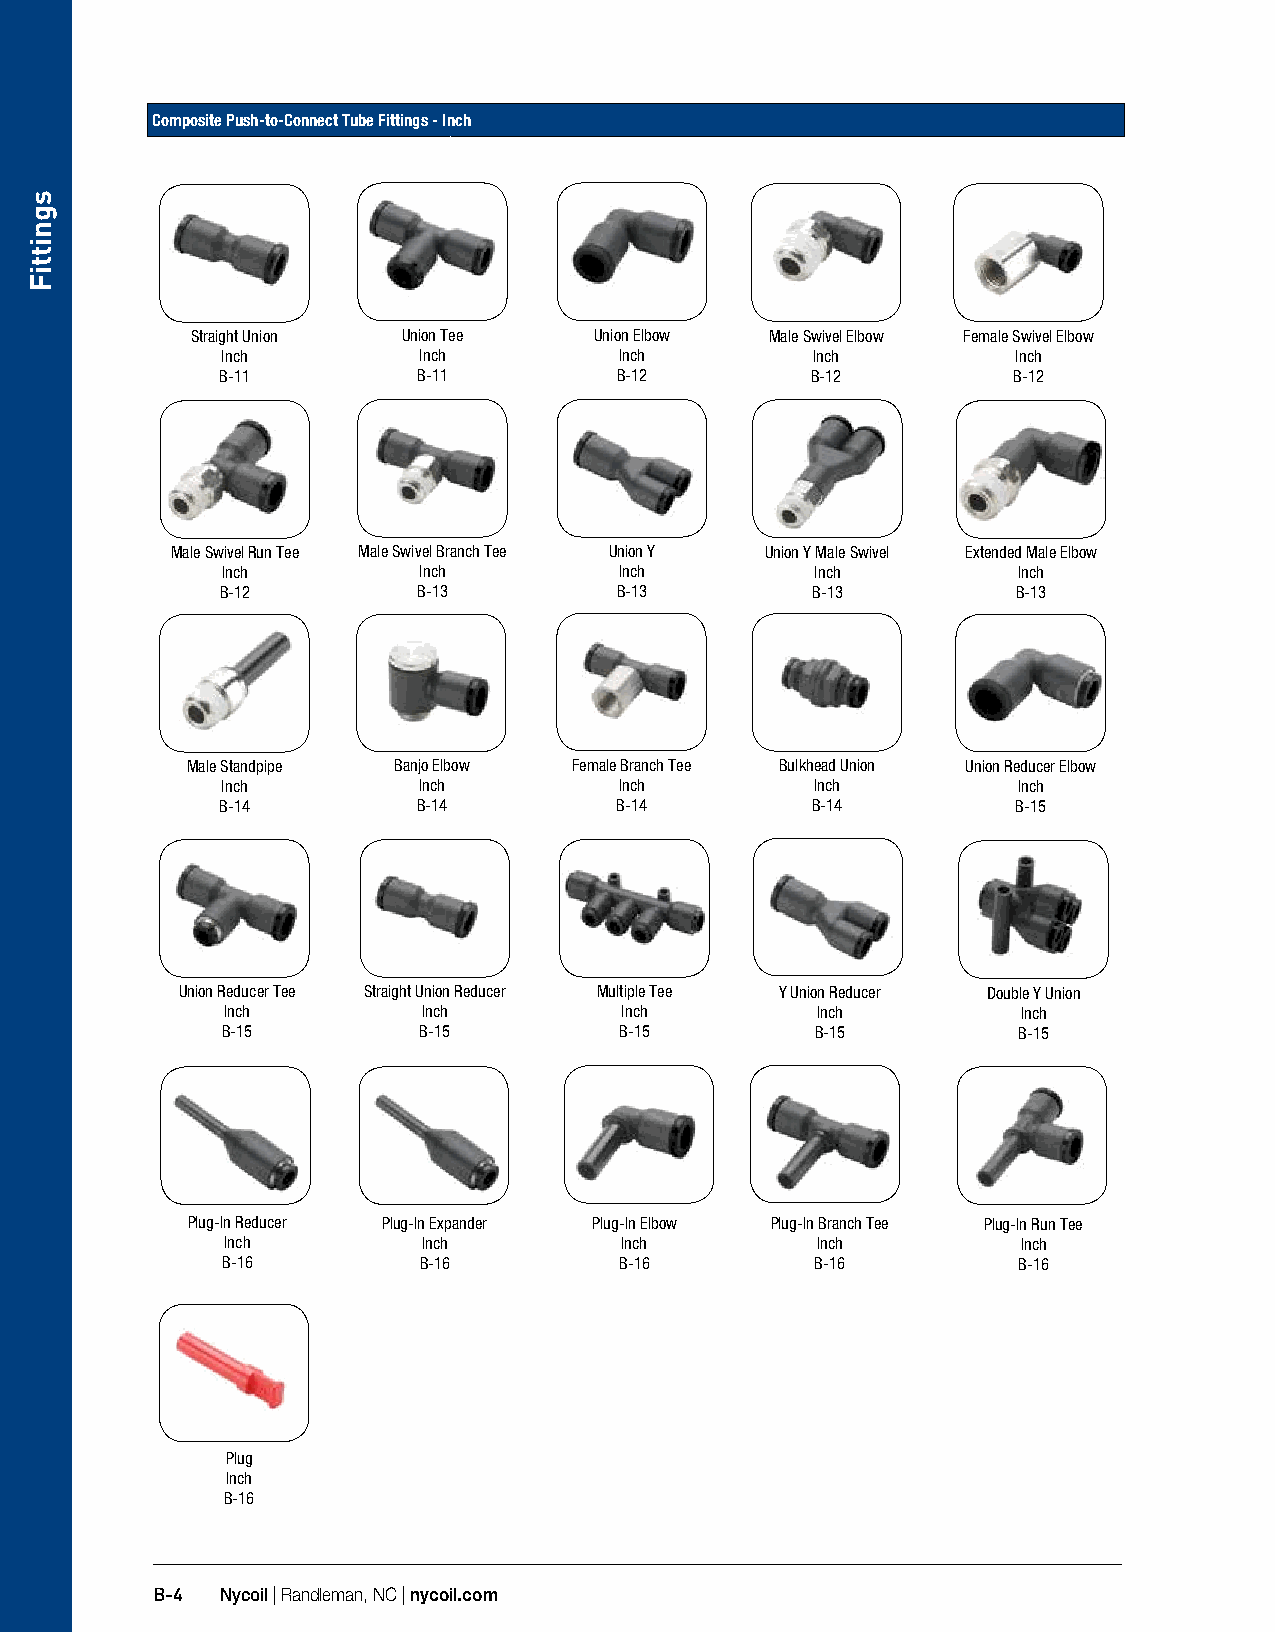
Composite Push-to-Connect Tube Fittings - Inch
 Straight Union Union Tee  Union Elbow Male Swivel Elbow Female Swivel Elbow
 Inch         Inch         Inch         Inch         Inch
 B-11         B-11         B-12         B-12         B-12
 Male Swivel Run Tee Male Swivel Branch Tee Union Y Union Y Male Swivel Extended Male Elbow
 Inch         Inch         Inch         Inch         Inch
 B-12         B-13         B-13         B-13         B-13
 Male Standpipe Banjo Elbow Female Branch Tee Bulkhead Union Union Reducer Elbow
 Inch         Inch         Inch         Inch         Inch
 B-14         B-14         B-14         B-14         B-15
 Union Reducer Tee Straight Union Reducer Multiple Tee Y Union Reducer Double Y Union
 Inch         Inch         Inch         Inch          Inch
 B-15         B-15         B-15         B-15         B-15
 Plug-In Reducer Plug-In Expander Plug-In Elbow Plug-In Branch Tee Plug-In Run Tee
 Inch         Inch         Inch         Inch          Inch
 B-16         B-16         B-16         B-16         B-16
 Plug
 Inch
 B-16
 B-4  Nycoil | Randleman, NC | nycoil.com
 sgnittiF